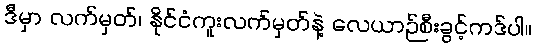
ဒီမှာ လက်မှတ်၊ နိုင်ငံကူးလက်မှတ်နဲ့ လေယာဉ်စီးခွင့်ကဒ်ပါ။